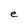
Character: e